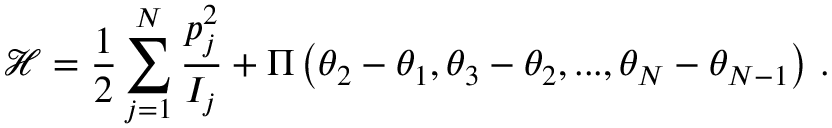
\mathcal { H } = \frac { 1 } { 2 } \sum _ { j = 1 } ^ { N } \frac { p _ { j } ^ { 2 } } { I _ { j } } + \Pi \left( \theta _ { 2 } - \theta _ { 1 } , \theta _ { 3 } - \theta _ { 2 } , . . . , \theta _ { N } - \theta _ { N - 1 } \right) \, .